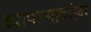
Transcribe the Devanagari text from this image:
व्यापाऱ्याबरोबर